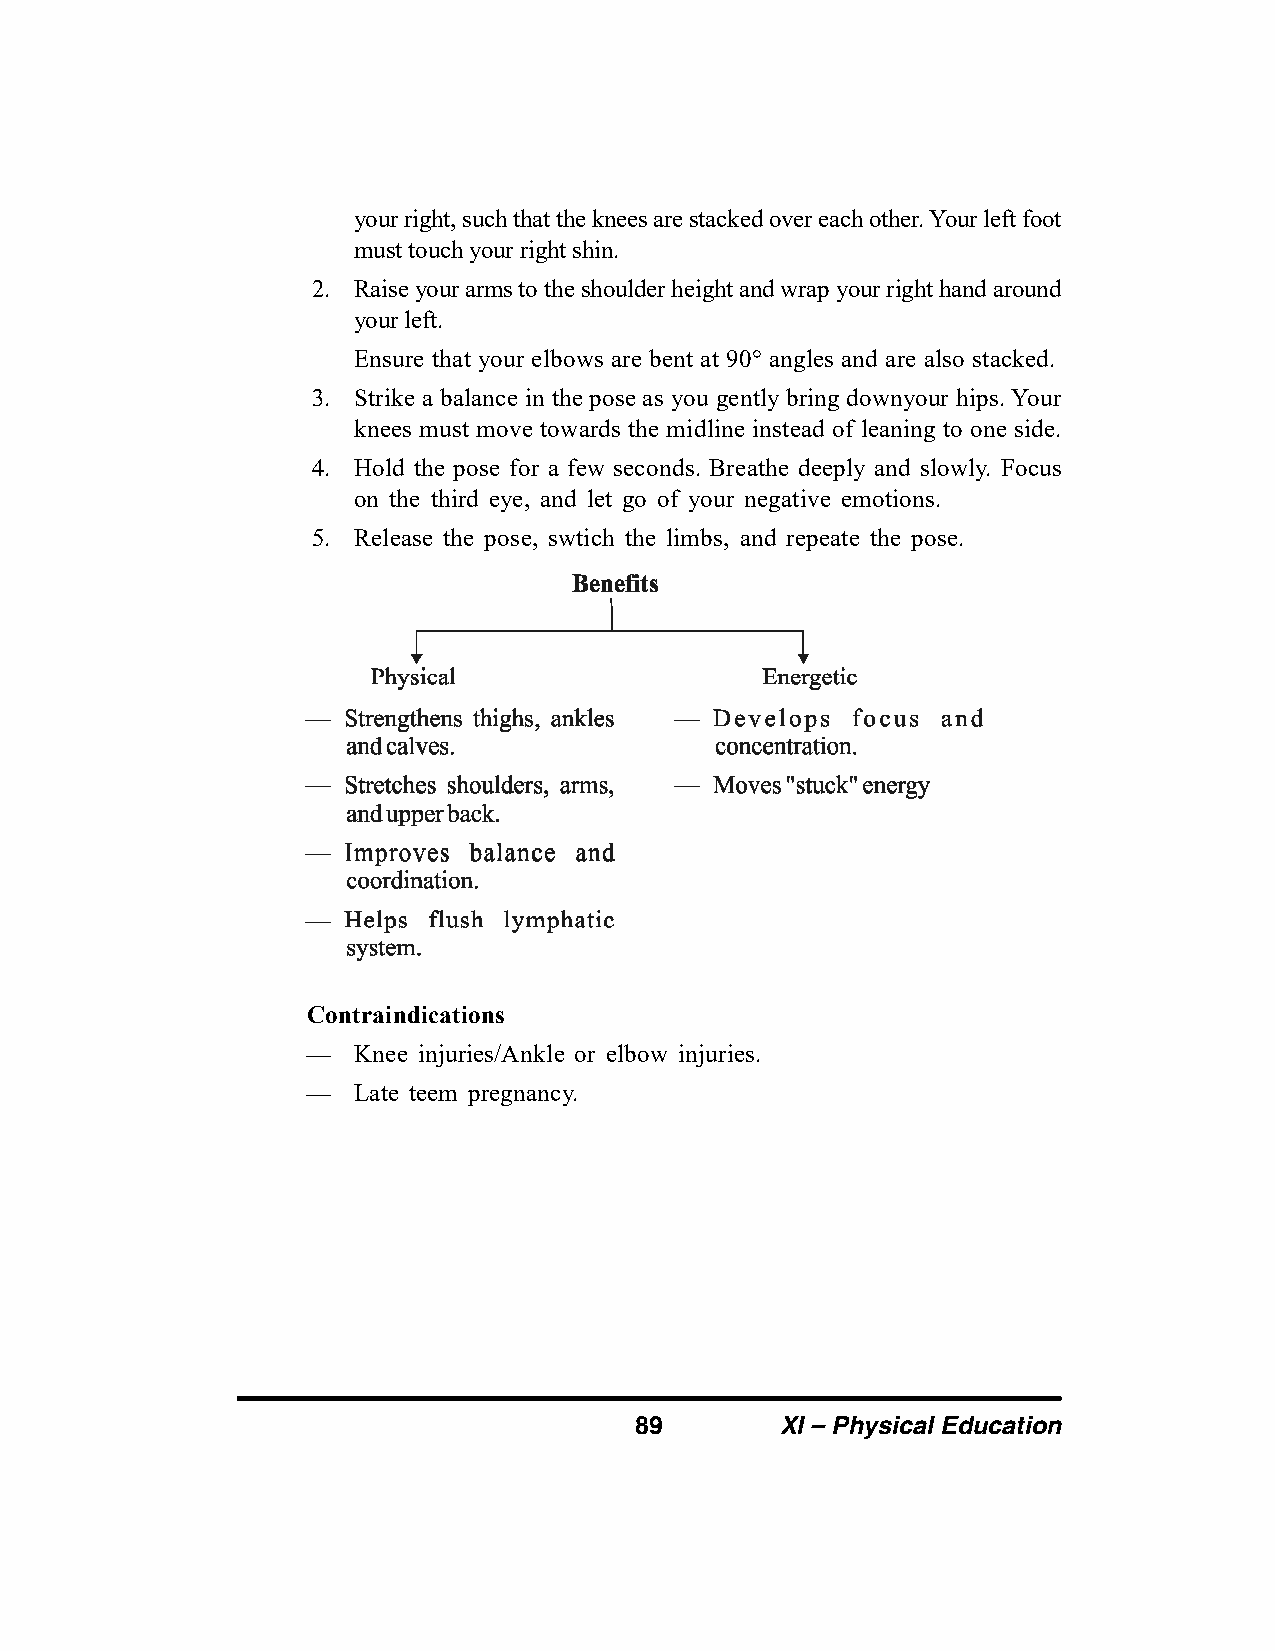
your right, such that the knees are stacked over each other. Your left foot
 must touch your right shin.
 2. Raise your arms to the shoulder height and wrap your right hand around
 your left.
 Ensure that your elbows are bent at 90° angles and are also stacked.
 3. Strike a balance in the pose as you gently bring downyour hips. Your
 knees must move towards the midline instead of leaning to one side.
 4. Hold the pose for a few seconds. Breathe deeply and slowly. Focus
 on the third eye, and let go of your negative emotions.
 5. Release the pose, swtich the limbs, and repeate the pose.
 Contraindications
 —  Knee injuries/Ankle or elbow injuries.
 —  Late teem pregnancy.
 89        XI – Physical Education